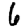
Digit: 6